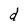
Character: d